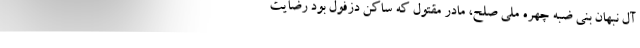
آل نبهان بنی ضبه چهره ملی صلح، مادر مقتول که ساکن دزفول بود رضایت